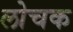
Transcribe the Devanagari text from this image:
लोचक